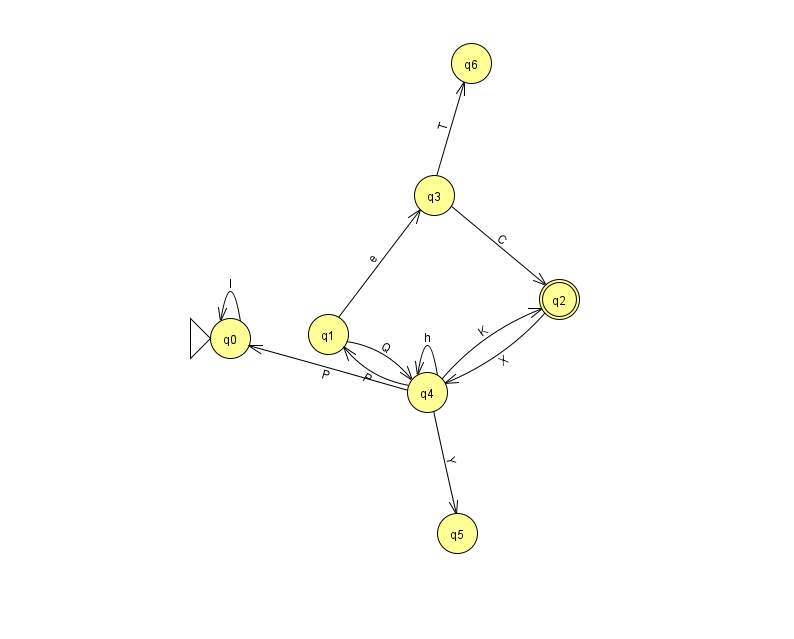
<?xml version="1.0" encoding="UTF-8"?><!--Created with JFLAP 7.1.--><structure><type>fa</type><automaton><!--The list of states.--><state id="0" name="q0"><x>230.0</x><y>325.0</y><initial/></state><state id="1" name="q1"><x>328.0</x><y>321.0</y></state><state id="2" name="q2"><x>559.0</x><y>286.0</y><final/></state><state id="3" name="q3"><x>434.0</x><y>182.0</y></state><state id="4" name="q4"><x>427.0</x><y>379.0</y></state><state id="5" name="q5"><x>457.0</x><y>520.0</y></state><state id="6" name="q6"><x>471.0</x><y>50.0</y></state><!--The list of transitions.--><transition><from>4</from><to>1</to><read>P</read></transition><transition><from>1</from><to>4</to><read>Q</read></transition><transition><from>4</from><to>0</to><read>P</read></transition><transition><from>3</from><to>6</to><read>T</read></transition><transition><from>1</from><to>3</to><read>e</read></transition><transition><from>4</from><to>4</to><read>h</read></transition><transition><from>4</from><to>5</to><read>Y</read></transition><transition><from>0</from><to>0</to><read>I</read></transition><transition><from>2</from><to>4</to><read>X</read></transition><transition><from>4</from><to>2</to><read>K</read></transition><transition><from>3</from><to>2</to><read>C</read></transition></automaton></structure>